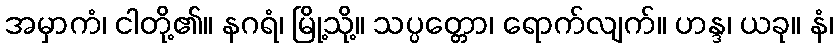
အမှာကံ၊ ငါတို့၏။ နဂရံ၊ မြို့သို့။ သပ္ပတ္တော၊ ရောက်လျက်။ ဟန္ဒ၊ ယခု။ နံ၊